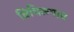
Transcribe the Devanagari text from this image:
विधिरूपाय